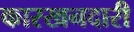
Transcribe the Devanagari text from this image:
कारखनदारी